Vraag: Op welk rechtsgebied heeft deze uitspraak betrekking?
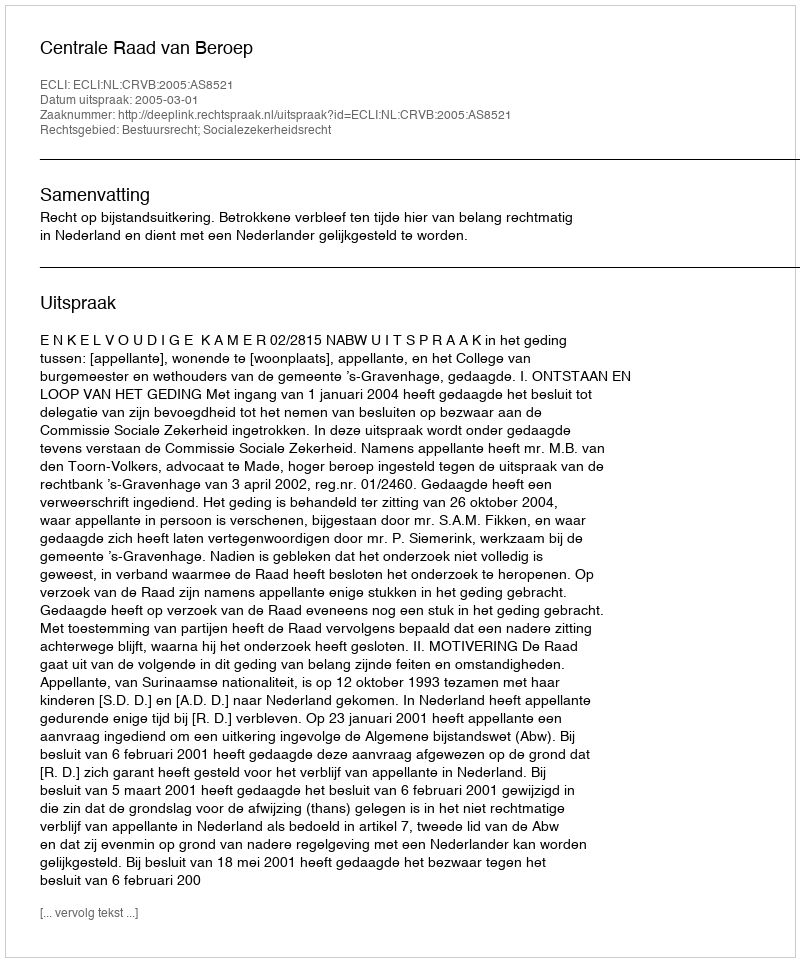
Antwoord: Bestuursrecht; Socialezekerheidsrecht